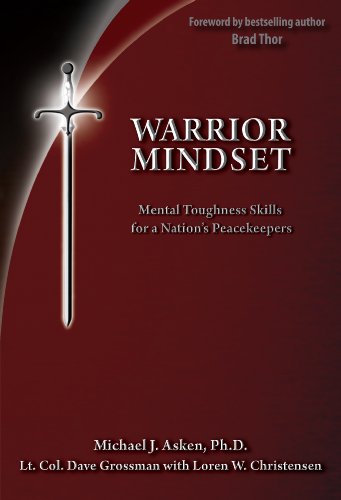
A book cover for Warrior Mindset; Dr. Michael Asken; Medical Books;